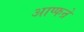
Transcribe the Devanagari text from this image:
आप्फन्रे